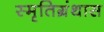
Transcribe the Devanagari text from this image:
स्मृतिग्रंथास